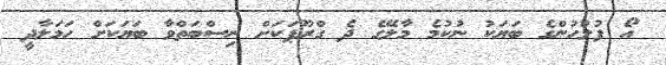
އޯ ފުލުހުންގެ ބަޔަކު ނުކުމެ މާލޭގެ ދެ ގްރޫޕަކަށް ނިސްބަތްވާ ބަޔަކަށް ހަމަލާދީ